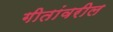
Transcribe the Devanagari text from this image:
गीतांवरील